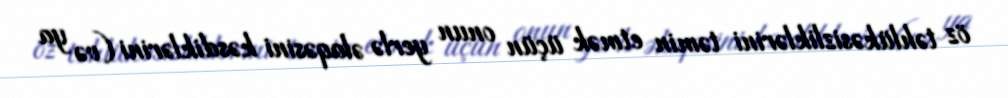
öz təhlükəsizliklərini təmin etmək üçün onun yerlə əlaqəsini kəsdiklərini (və ya